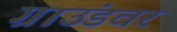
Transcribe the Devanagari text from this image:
ग्राउंडवर